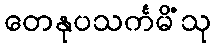
တေနုပသင်္ကမိံသု